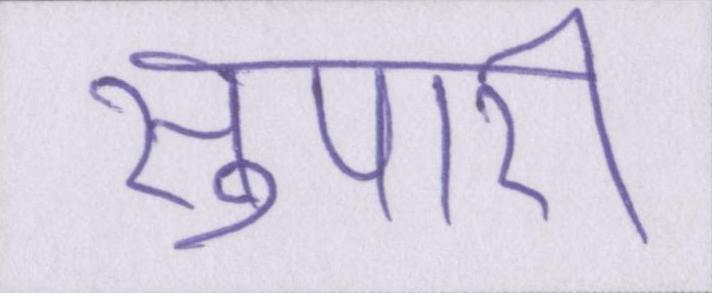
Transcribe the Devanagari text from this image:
सुपारी